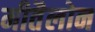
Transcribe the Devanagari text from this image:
मीतैलोन